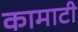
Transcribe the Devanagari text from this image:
कामाटी